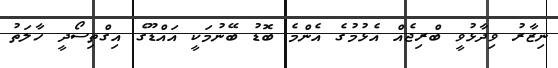
ނިޒާރު ވިދާޅުވީ ބްރިޖެއް އެޅުމުގެ އެންމެ ބޮޑު ބޭނުމަކީ އައްޑޫގެ އިގްތިސޯދީ ހާލަތު